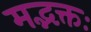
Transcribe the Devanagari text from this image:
मद्भक्तः